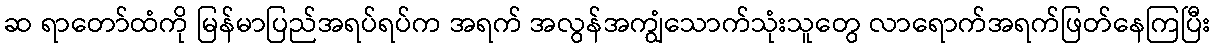
ဆ ရာတော်ထံကို မြန်မာပြည်အရပ်ရပ်က အရက် အလွန်အကျွံသောက်သုံးသူတွေ လာရောက်အရက်ဖြတ်နေကြပြီး